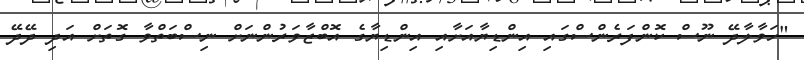
"ހަވާލާދޭ ނޫސް ކޮންފަރެންސްގައި އިންޑިޔާއަށާއި އިންޑިޔާގެ އޮބްޒާވަރުންނަށް ނިސްބަތްވާ ގޮތަށް އަދި ދޭދޭ